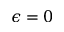
\epsilon = 0